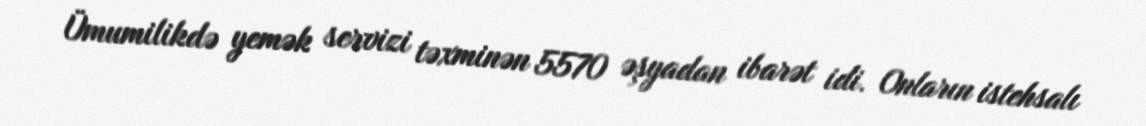
Ümumilikdə yemək servizi təxminən 5570 əşyadan ibarət idi. Onların istehsalı